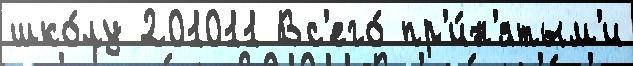
шко́лу 201011 Вс'его́ пр'и́н'ятым'и